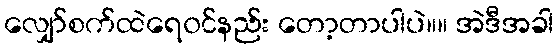
လျှော်စက်ထဲရေ၀င်နည်း တော့တာပါပဲ။။ အဲဒီအခါ